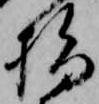
指